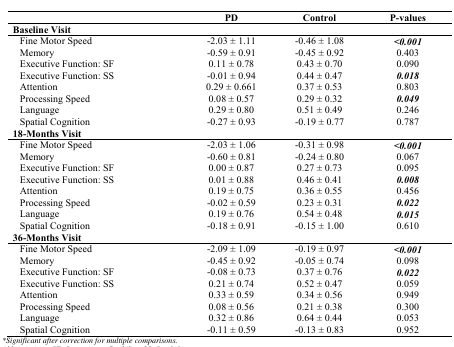
<table><thead><tr><td></td><td><b>PD</b></td><td><b>Control</b></td><td><b>P-values</b></td></tr></thead><tbody><tr><td colspan="4"><b>Baseline Visit</b></td></tr><tr><td>Fine Motor Speed</td><td>-2.03 ± 1.11</td><td>-0.46 ± 1.08</td><td><b><i>&lt;0.001</i></b></td></tr><tr><td>Memory</td><td>-0.59 ± 0.91</td><td>-0.45 ± 0.92</td><td>0.403</td></tr><tr><td>Executive Function: SF</td><td>0.11 ± 0.78</td><td>0.43 ± 0.70</td><td>0.090</td></tr><tr><td>Executive Function: SS</td><td>-0.01 ± 0.94</td><td>0.44 ± 0.47</td><td><b><i>0.018</i></b></td></tr><tr><td>Attention</td><td>0.29 ± 0.661</td><td>0.37 ± 0.53</td><td>0.803</td></tr><tr><td>Processing Speed</td><td>0.08 ± 0.57</td><td>0.29 ± 0.32</td><td><b><i>0.049</i></b></td></tr><tr><td>Language</td><td>0.29 ± 0.80</td><td>0.51 ± 0.49</td><td>0.246</td></tr><tr><td>Spatial Cognition</td><td>-0.27 ± 0.93</td><td>-0.19 ± 0.77</td><td>0.787</td></tr><tr><td colspan="4"><b>18-Months Visit</b></td></tr><tr><td>Fine Motor Speed</td><td>-2.03 ± 1.06</td><td>-0.31 ± 0.98</td><td><b><i>&lt;0.001</i></b></td></tr><tr><td>Memory</td><td>-0.60 ± 0.81</td><td>-0.24 ± 0.80</td><td>0.067</td></tr><tr><td>Executive Function: SF</td><td>0.00 ± 0.87</td><td>0.27 ± 0.73</td><td>0.095</td></tr><tr><td>Executive Function: SS</td><td>0.01 ± 0.88</td><td>0.46 ± 0.41</td><td><b><i>0.008</i></b></td></tr><tr><td>Attention</td><td>0.19 ± 0.75</td><td>0.36 ± 0.55</td><td>0.456</td></tr><tr><td>Processing Speed</td><td>-0.02 ± 0.59</td><td>0.23 ± 0.31</td><td><b><i>0.022</i></b></td></tr><tr><td>Language</td><td>0.19 ± 0.76</td><td>0.54 ± 0.48</td><td><b><i>0.015</i></b></td></tr><tr><td>Spatial Cognition</td><td>-0.18 ± 0.91</td><td>-0.15 ± 1.00</td><td>0.610</td></tr><tr><td colspan="4"><b>36-Months Visit</b></td></tr><tr><td>Fine Motor Speed</td><td>-2.09 ± 1.09</td><td>-0.19 ± 0.97</td><td><b><i>&lt;0.001</i></b></td></tr><tr><td>Memory</td><td>-0.45 ± 0.92</td><td>-0.05 ± 0.74</td><td>0.098</td></tr><tr><td>Executive Function: SF</td><td>-0.08 ± 0.73</td><td>0.37 ± 0.76</td><td><b><i>0.022</i></b></td></tr><tr><td>Executive Function: SS</td><td>0.21 ± 0.74</td><td>0.52 ± 0.47</td><td>0.059</td></tr><tr><td>Attention</td><td>0.33 ± 0.59</td><td>0.34 ± 0.56</td><td>0.949</td></tr><tr><td>Processing Speed</td><td>0.08 ± 0.56</td><td>0.21 ± 0.38</td><td>0.300</td></tr><tr><td>Language</td><td>0.32 ± 0.86</td><td>0.64 ± 0.44</td><td>0.053</td></tr><tr><td>Spatial Cognition</td><td>-0.11 ± 0.59</td><td>-0.13 ± 0.83</td><td>0.952</td></tr></tbody></table>